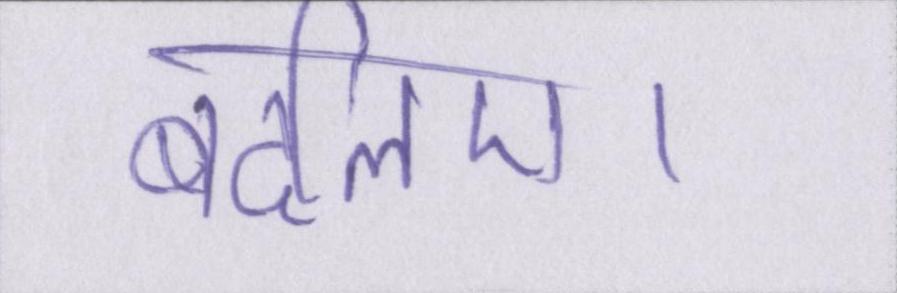
बदलिए।